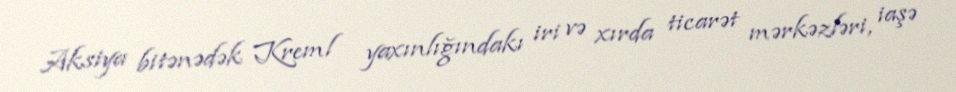
Aksiya bitənədək Kreml yaxınlığındakı iri və xırda ticarət mərkəzləri, iaşə